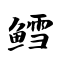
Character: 鳕